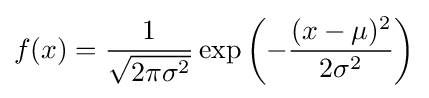
f(x)={\frac {1}{\sqrt {2\pi \sigma ^{2}}}}\exp \left(-{\frac {(x-\mu )^{2}}{2\sigma ^{2}}}\right)